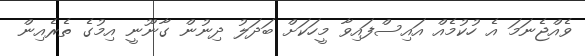
ވެއްޖެނަމަ އެ ހުކުމެއް އައިސްފައިވާ މީހަކަށް ބަދަލު ދިނުން ގާނޫނީ އިމުގެ ތެރެއިން